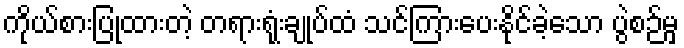
ကိုယ်စားပြုထားတဲ့ တရားရုံးချုပ်ထံ သင်ကြားပေးနိုင်ခဲ့သော ပွဲစဉ်မှ